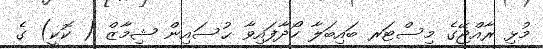
މުޅި ރާއްޖޭގެ މިސްޓަރ ބައިބަލާ ހޯދާފައިވާ ޙުސައިން ޝިމާޒް ( ކޮކީ) ގެ